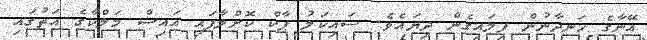
އޭނާގެ ހަނދާނުން ފިލައިގެން ދިޔައެވެ. ސައިކަލު ޕާކް ކޮށްލާފައި އައިސް މަލްކާގެ އަތުގައި